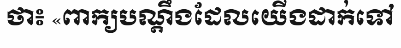
ថា៖ «ពាក្យបណ្តឹងដែលយើងដាក់ទៅ